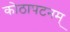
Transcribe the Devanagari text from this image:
कोठापटनम्